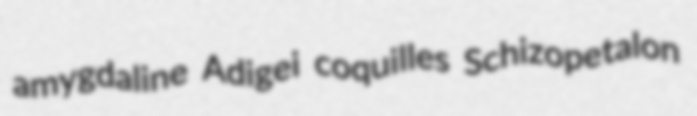
amygdaline Adigei coquilles Schizopetalon